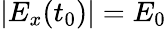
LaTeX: |E_{x}(t_{0})|=E_{0}